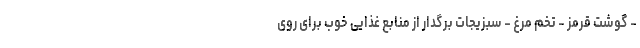
- گوشت قرمز - تخم مرغ - سبزیجات برگدار از منابع غذایی خوب برای روی